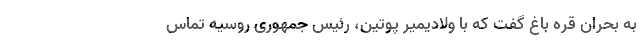
به بحران قره باغ گفت که با ولادیمیر پوتین، رئیس جمهوری روسیه تماس